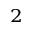
^ 2